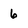
Character: 6